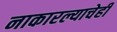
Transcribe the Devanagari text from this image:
नाकारल्याचेही